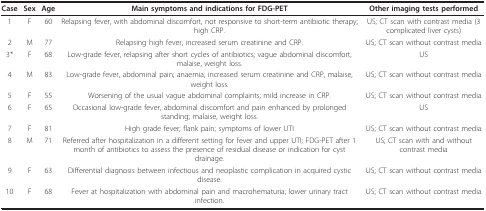
<table><thead><tr><td><b>Case</b></td><td><b>Sex</b></td><td><b>Age</b></td><td><b>Main symptoms and indications for FDG-PET</b></td><td><b>Other imaging tests performed</b></td></tr></thead><tbody><tr><td>1</td><td>F</td><td>60</td><td>Relapsing fever, with abdominal discomfort, not responsive to short-term antibiotic therapy; high CRP.</td><td>US; CT scan with contrast media (3 complicated liver cysts)</td></tr><tr><td>2</td><td>M</td><td>77</td><td>Relapsing high fever, increased serum creatinine and CRP.</td><td>US; CT scan without contrast media</td></tr><tr><td>3*</td><td>F</td><td>68</td><td>Low-grade fever, relapsing after short cycles of antibiotics; vague abdominal discomfort, malaise, weight loss.</td><td>US</td></tr><tr><td>4</td><td>M</td><td>83</td><td>Low-grade fever, abdominal pain; anaemia; increased serum creatinine and CRP, malaise, weight loss.</td><td>US; CT scan without contrast media</td></tr><tr><td>5</td><td>F</td><td>55</td><td>Worsening of the usual vague abdominal complaints; mild increase in CRP.</td><td>US; CT scan without contrast media</td></tr><tr><td>6</td><td>F</td><td>65</td><td>Occasional low-grade fever, abdominal discomfort and pain enhanced by prolonged standing; malaise, weight loss.</td><td>US</td></tr><tr><td>7</td><td>F</td><td>81</td><td>High grade fever; flank pain; symptoms of lower UTI</td><td>US; CT scan without contrast media</td></tr><tr><td>8</td><td>M</td><td>71</td><td>Referred after hospitalization in a different setting for fever and upper UTI; FDG-PET after 1 month of antibiotics to assess the presence of residual disease or indication for cyst drainage.</td><td>US; CT scan with and without contrast media</td></tr><tr><td>9</td><td>F</td><td>63</td><td>Differential diagnosis between infectious and neoplastic complication in acquired cystic disease.</td><td>US; CT scan without contrast media</td></tr><tr><td>10</td><td>F</td><td>68</td><td>Fever at hospitalization with abdominal pain and macrohematuria; lower urinary tract infection.</td><td>US; CT scan without contrast media</td></tr></tbody></table>